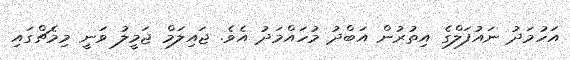
އަހުމަދު ނައުފަލްގެ އިތުރުން އަބްދު މުހައްމަދު އެވެ. ޖައިލަމް ޖަމީލު ވަނީ މިމެޗްގައި